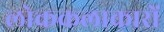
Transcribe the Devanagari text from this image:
लोककलाकारों